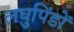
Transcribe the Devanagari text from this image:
लघुपिंडों